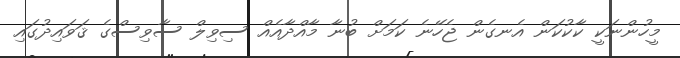
މީހުންނަކީ ކާކުކަން އެނގެން ޖެހޭނެ ކަމަށް ބުނާ މާއްދާއެއް ސިވިލް ސާވިސްގެ ޤަވައިދުގައި